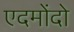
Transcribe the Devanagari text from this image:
एदमोंदो